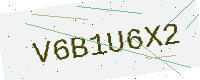
Text: V6B1U6X2